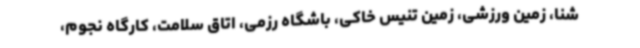
شنا، زمین ورزشی، زمین تنیس خاکی، باشگاه رزمی، اتاق سلامت، کارگاه نجوم،